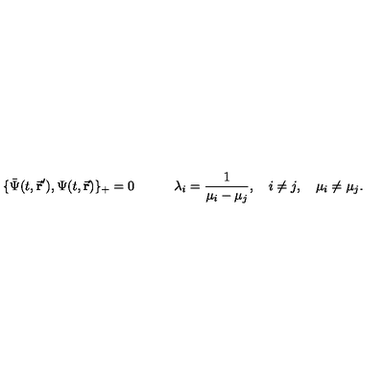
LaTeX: \{ \bar { \Psi } ( t , \vec { \bf r } ^ { \prime } ) , \Psi ( t , \vec { \bf r } ) \} _ { + } = 0 \quad \quad \quad \lambda _ { i } = \frac { 1 } { \mu _ { i } - \mu _ { j } } , \quad i \not = j , \quad \mu _ { i } \not = \mu _ { j } .